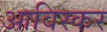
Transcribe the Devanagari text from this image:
आविस्कर